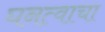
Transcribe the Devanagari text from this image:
घनत्वाचा